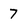
Character: 7